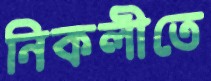
নিকলীতে